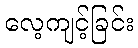
လေ့ကျင့်ခြင်း